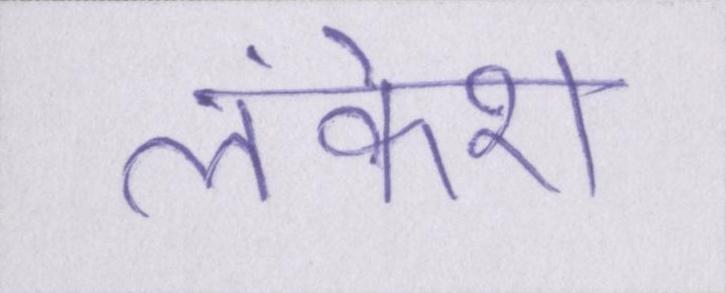
लंकेश